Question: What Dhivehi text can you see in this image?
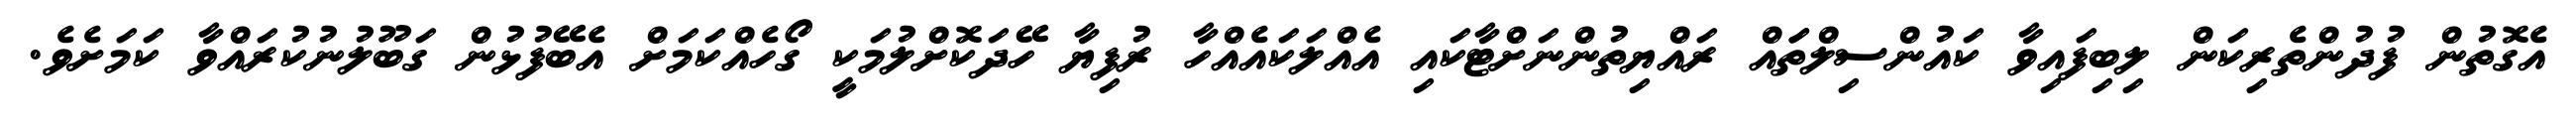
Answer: އެގޮތުން ފުދުންތެރިކަން ލިބިފައިވާ ކައުންސިލްތަައް ރައްޔިތުންނަށްޓާކައި އެއްލަކައެއްހާ ރުފިޔާ ހޭދަކޮށްލުމަކީ ގޯހެއްކަމަށް އެބޭފުޅުން ގަބޫލުނުކުރައްވާ ކަމަށެވެ.